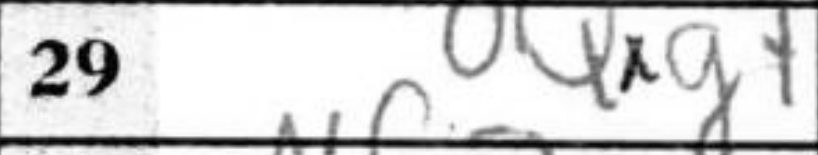
Transcription: Qxg7